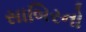
સાબિરનો